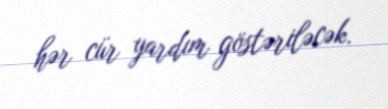
hər cür yardım göstəriləcək.